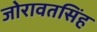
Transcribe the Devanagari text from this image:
जोरावतसिंह